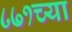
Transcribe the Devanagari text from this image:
८७१च्या